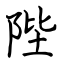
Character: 陛